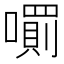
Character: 𡁪